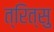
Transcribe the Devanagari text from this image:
त्रित्सु